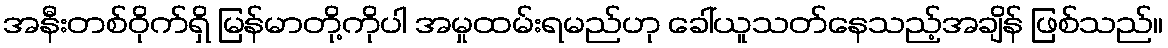
အနီးတစ်ဝိုက်ရှိ မြန်မာတို့ကိုပါ အမှုထမ်းရမည်ဟု ခေါ်ယူသတ်နေသည့်အချိန် ဖြစ်သည်။